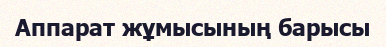
Аппарат жұмысының барысы